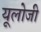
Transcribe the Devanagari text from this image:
यूलोजी